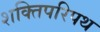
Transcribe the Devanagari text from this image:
शक्तिपरिपथ